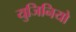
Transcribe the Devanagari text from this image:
युजिनियो